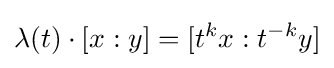
\lambda (t)\cdot [x:y]=[t^{k}x:t^{-k}y]